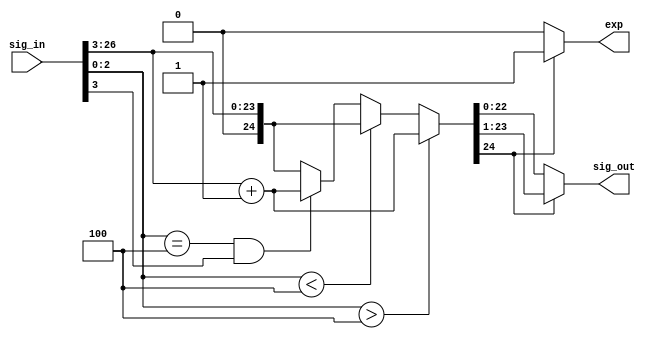
module rounding (sig_in, sig_out, exp);

    input [26:0] sig_in;
    output [22:0] sig_out;
    output exp;

    wire [24:0] tst;
    wire even;

    assign even = sig_in[3];
    assign tst = (sig_in[2:0] > 3'b100)? {1'b0, sig_in[26:3]} + 1'b1 : (sig_in[2:0] < 3'b100)? {1'b0, sig_in[26:3]} : (sig_in[2:0] == 3'b100 && even == 1'b1)? {1'b0, sig_in[26:3]} + 1'b1 : {1'b0, sig_in[26:3]};
    assign sig_out = (tst[24])? tst[23:1] : tst[22:0];
    assign exp = (tst[24])? 1 : 0;

endmodule